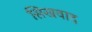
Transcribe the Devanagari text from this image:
सिखवाद